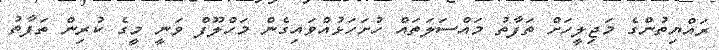
ރައްޔިތުންގެ މަޖިލީހަށް ތަފާތު މައްސަލަތައް ހުށަހަޅުއްވައިގެން މަހްލޫފް ވަނީ މީގެ ކުރިން ތަފާތު